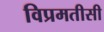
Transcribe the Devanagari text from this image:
विप्रमतीसी